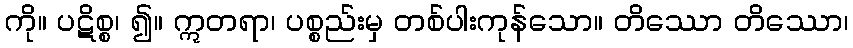
ကို။ ပဋိစ္စ၊ ၍။ ဣတရာ၊ ပစ္စည်းမှ တစ်ပါးကုန်သော။ တိဿော တိဿော၊